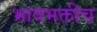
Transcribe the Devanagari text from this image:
भावभक्तीच